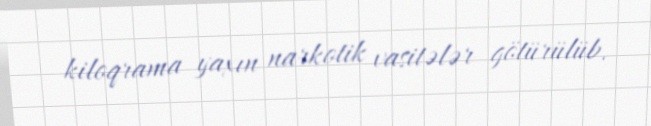
kiloqrama yaxın narkotik vasitələr götürülüb.